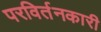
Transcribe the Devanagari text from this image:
परविर्तनकारी